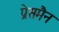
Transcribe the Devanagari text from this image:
प्रेसमैन